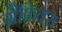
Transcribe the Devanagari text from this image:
ग्रैफ़िक्स